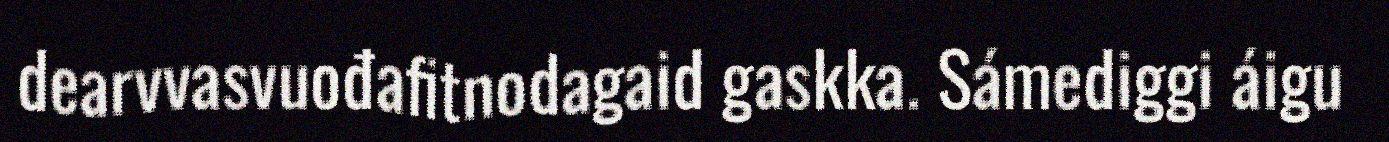
dearvvasvuođafitnodagaid gaskka. Sámediggi áigu